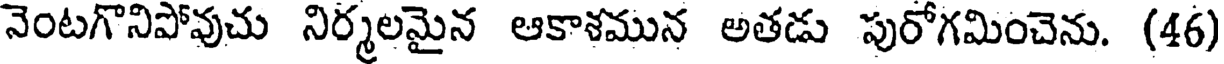
నెంటగొనిపోవుచు నిర్మలమైన ఆకాళమున అతడు పురోగమించెను. (46)